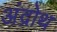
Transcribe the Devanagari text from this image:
अंद्रोथ